65_HS1-834228961_62-HQ-83894_Serial_164
Agency: FBI
Page 13
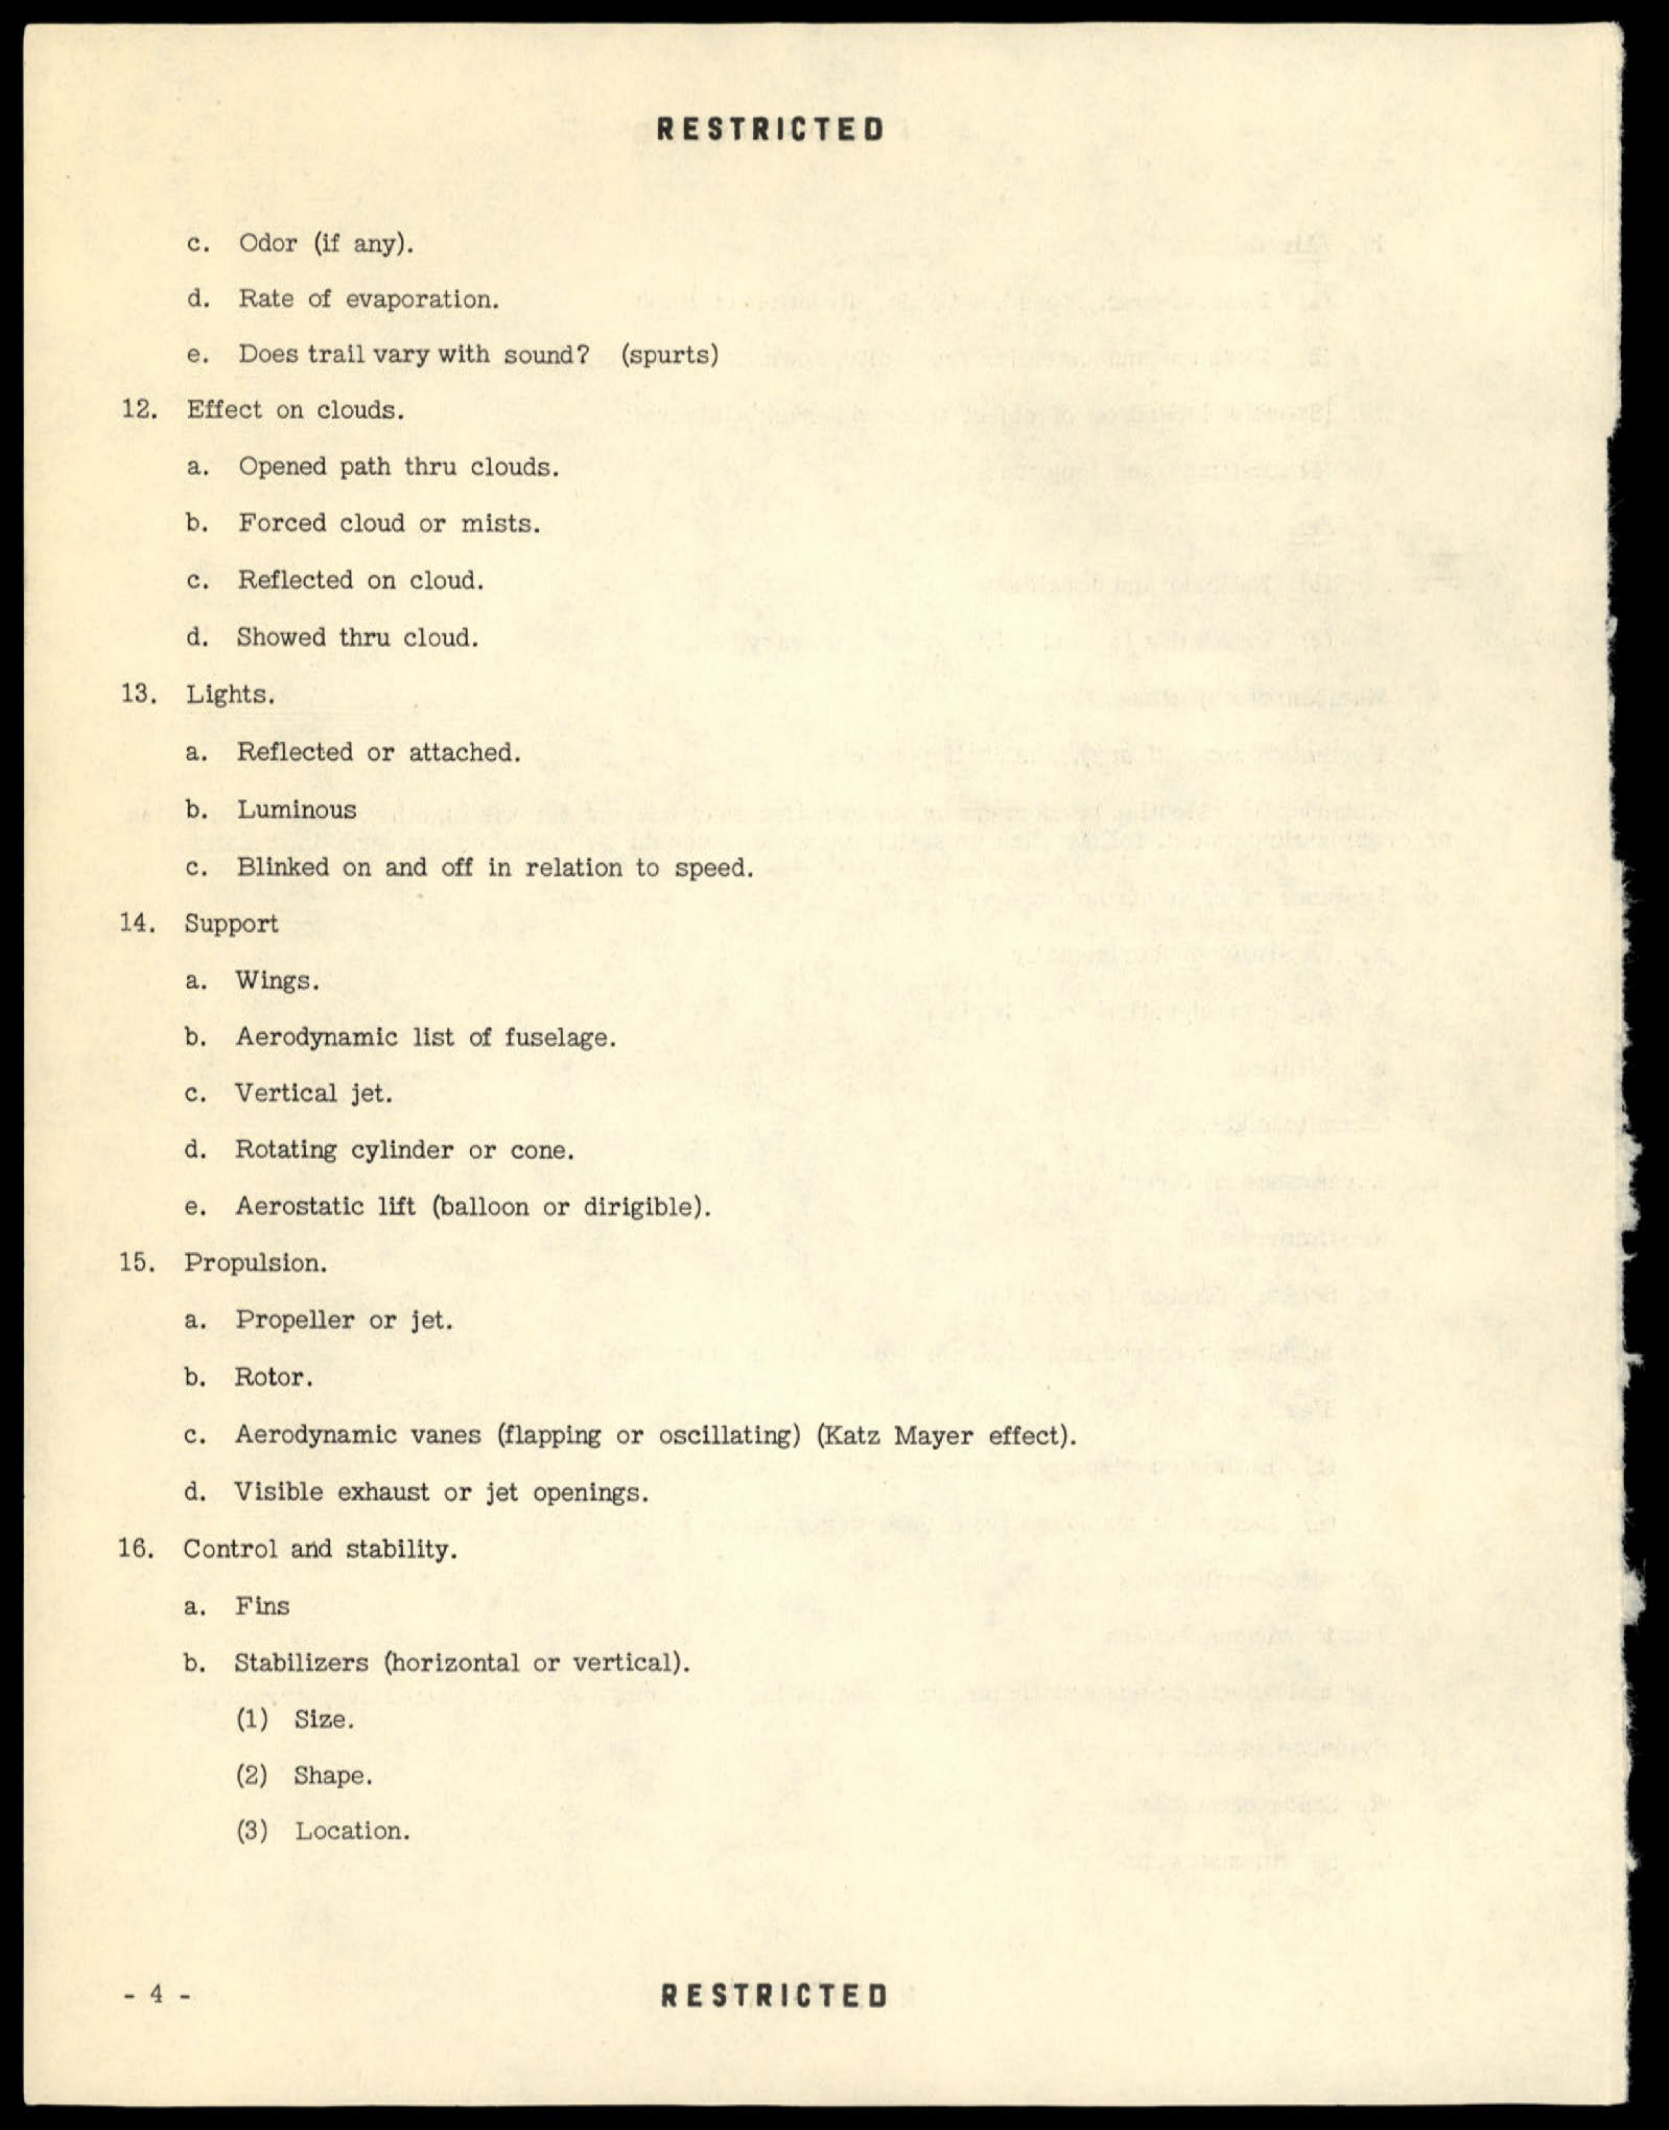